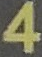
4